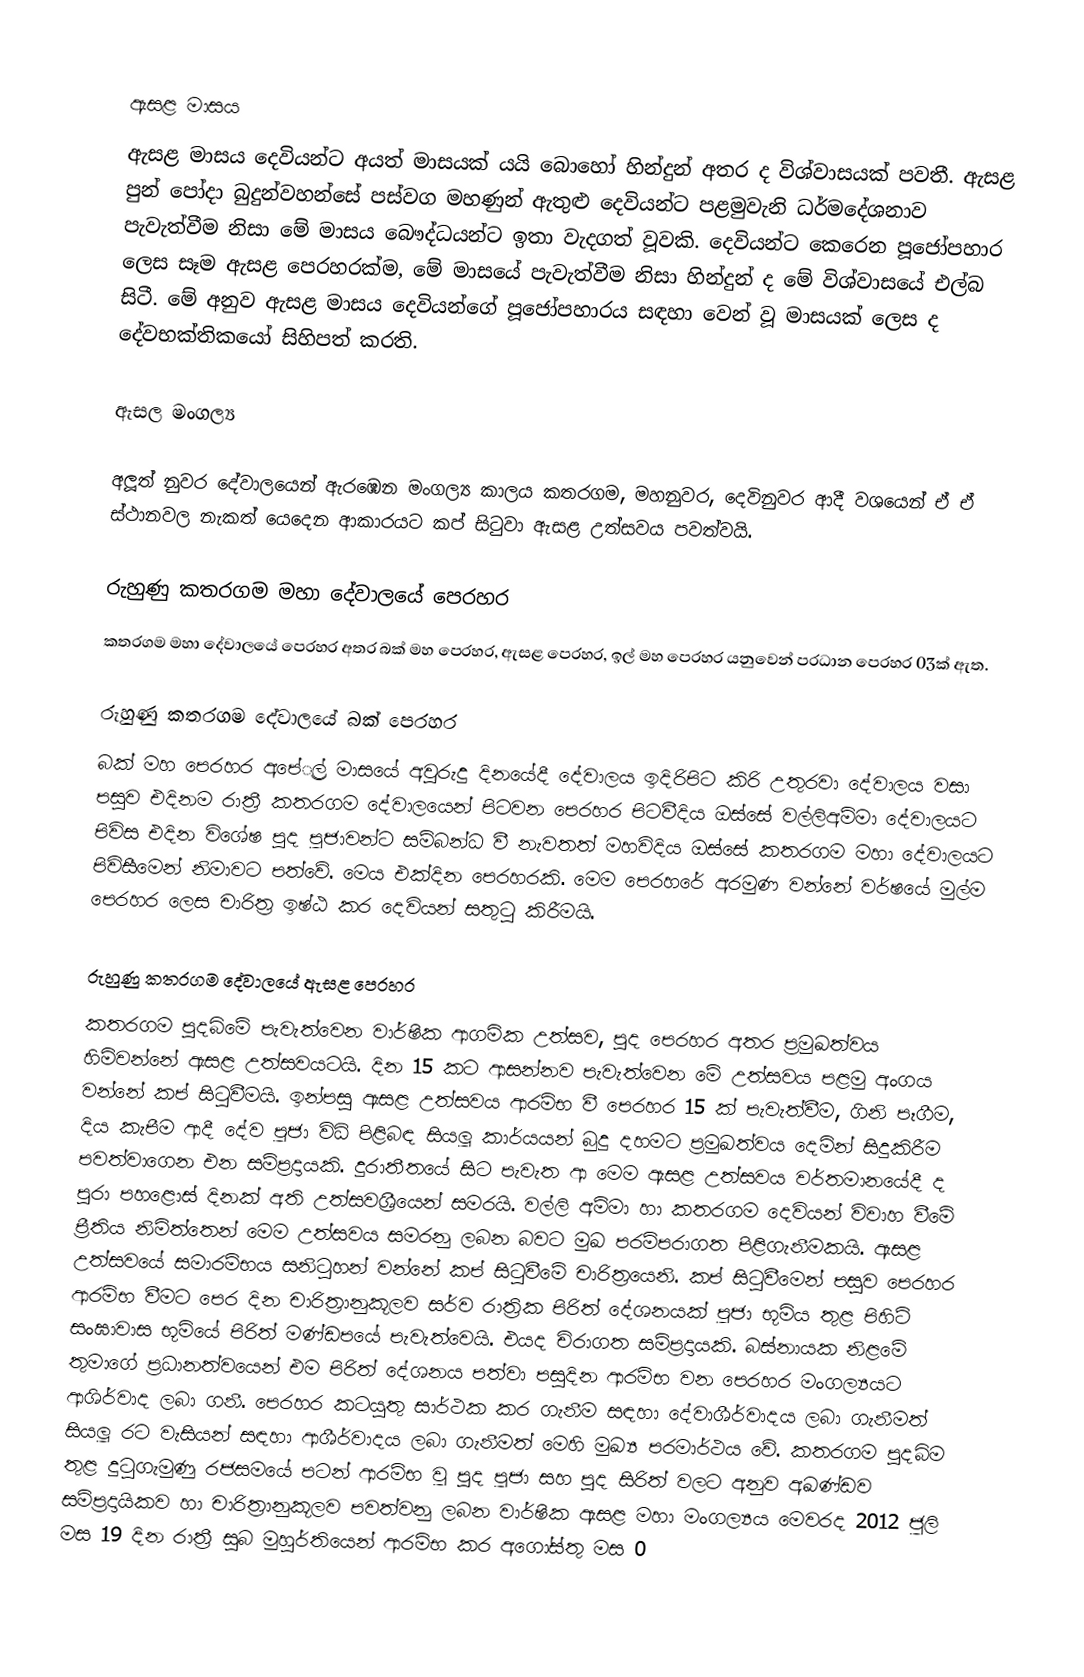

ඇසළ මාසය
ඇසළ මාසය දෙවියන්ට අයත් මාසයක් යයි  බොහෝ හින්දුන් අතර ද විශ්වාසයක් පවතී. ඇසළ පුන් පෝදා බුදුන්වහන්සේ පස්වග මහණුන් ඇතුළු දෙවියන්ට පළමුවැනි ධර්මදේශනාව පැවැත්වීම නිසා මේ මාසය බෞද්ධයන්ට ඉතා වැදගත් වූවකි. දෙවියන්ට කෙරෙන පූජෝපහාර ලෙස සෑම ඇසළ පෙරහරක්ම, මේ මාසයේ පැවැත්වීම නිසා හින්දුන් ද මේ විශ්වාසයේ එල්බ සිටී. මේ අනුව ඇසළ මාසය  දෙවියන්ගේ පූජෝපහාරය සඳහා වෙන් වූ මාසයක් ලෙස ද දේවභක්තිකයෝ සිහිපත් කරති.

ඇසල මංගල්‍ය

අලූත් නුවර දේවාලයෙන් ඇරඹෙන මංගල්‍ය කාලය කතරගම, මහනුවර, දෙවිනුවර ආදී වශයෙන් ඒ ඒ ස්ථානවල නැකත් යෙදෙන ආකාරයට කප් සිටුවා ඇසළ උත්සවය පවත්වයි.

රුහුණු කතරගම මහා දේවාලයේ පෙරහර
කතරගම මහා දේවාලයේ පෙරහර අතර බක් මහ පෙරහර, ඇසළ පෙරහර, ඉල් මහ පෙරහර යනුවෙන් ප‍්‍රධාන පෙරහර 03ක් ඇත.

රුහුණු කතරගම දේවාලයේ බක් පෙරහර
බක් මහ පෙරහර අපේ‍්‍රල් මාසයේ අවුරුදු දිනයේදී දේවාලය ඉදිරිපිට කිරි උතුරවා දේවාලය වසා පසුව එදිනම රාත‍්‍රී කතරගම දේවාලයෙන් පිටවන පෙරහර පිටවීදිය ඔස්සේ වල්ලිඅම්මා දේවාලයට පිවිස එදින විශේෂ පුද පූජාවන්ට සම්බන්ධ වී නැවතත් මහවිදිය ඔස්සේ කතරගම මහා දේවාලයට පිවිසීමෙන් නිමාවට පත්වේ. මෙය එක්දින පෙරහරකි. මෙම පෙරහරේ අරමුණ වන්නේ වර්ෂයේ මුල්ම පෙරහර ලෙස චාරිත‍්‍ර ඉෂ්ඨ කර දෙවියන් සතුටු කිරීමයි.

රුහුණු කතරගම දේවාලයේ ඇසළ පෙරහර
කතරගම පුදබිමේ පැවැත්වෙන වාර්ෂික ආගමික උත්සව, පුද පෙරහර අතර ප‍්‍රමුඛත්වය හිමිවන්නේ ඇසළ උත්සවයටයි. දින 15 කට ආසන්නව පැවැත්වෙන මේ උත්සවය පළමු අංගය වන්නේ කප් සිටුවීමයි. ඉන්පසු ඇසළ උත්සවය ආරම්භ වී පෙරහර 15 ක් පැවැත්වීම, ගිනි පෑගීම, දිය කැපීම ආදී දේව පූජා විධි පිළිබඳ සියලූ කාර්යයන් බුදු දහමට ප‍්‍රමුඛත්වය දෙමින් සිදුකිරීම පවත්වාගෙන එන සම්ප‍්‍රදායකි. දුරාතීතයේ සිට පැවැත ආ මෙම ඇසළ උත්සවය වර්තමානයේදී ද පුරා පහළොස් දිනක් අති උත්සවශ්‍රීයෙන් සමරයි. වල්ලි අම්මා හා කතරගම දෙවියන් විවාහ වීමේ ප‍්‍රීතිය නිමිත්තෙන් මෙම උත්සවය සමරනු ලබන බවට මුඛ පරම්පරාගත පිළිගැනීමකයි. ඇසළ උත්සවයේ සමාරම්භය සනිටුහන් වන්නේ කප් සිටුවීමේ චාරිත‍්‍රයෙනි. කප් සිටුවීමෙන් පසුව පෙරහර ආරම්භ වීමට පෙර දින චාරිත‍්‍රානුකූලව සර්ව රාත‍්‍රික පිරිත් දේශනයක් පූජා භූමිය තුළ පිහිටි සංඝාවාස භූමියේ පිරිත් මණ්ඩපයේ පැවැත්වෙයි. එයද චිරාගත සම්ප‍්‍රදායකි. බස්නායක නිළමේ තුමාගේ ප‍්‍රධානත්වයෙන් එම පිරිත් දේශනය පත්වා පසුදින ආරම්භ වන පෙරහර මංගල්‍යයට ආශිර්වාද ලබා ගනී. පෙරහර කටයුතු සාර්ථක කර ගැනීම සඳහා දේවාශීර්වාදය ලබා ගැනීමත් සියලූ රට වැසියන් සඳහා ආශීර්වාදය ලබා ගැනීමත් මෙහි මුඛ්‍ය පරමාර්ථය වේ. කතරගම පුදබිම තුළ දුටුගැමුණු රජසමයේ පටන් ආරම්භ වූ පුද පූජා සහ පුද සිරිත් වලට අනුව අඛණ්ඩව සම්ප‍්‍රදායිකව හා චාරිත‍්‍රානුකූලව පවත්වනු ලබන වාර්ෂික ඇසළ මහා මංගල්‍යය මෙවරද 2012 ජූලි මස 19 දින රාත‍්‍රී සුබ  මුහුර්තියෙන් ආරම්භ කර අගෝස්තු මස 0